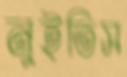
নুইতিস